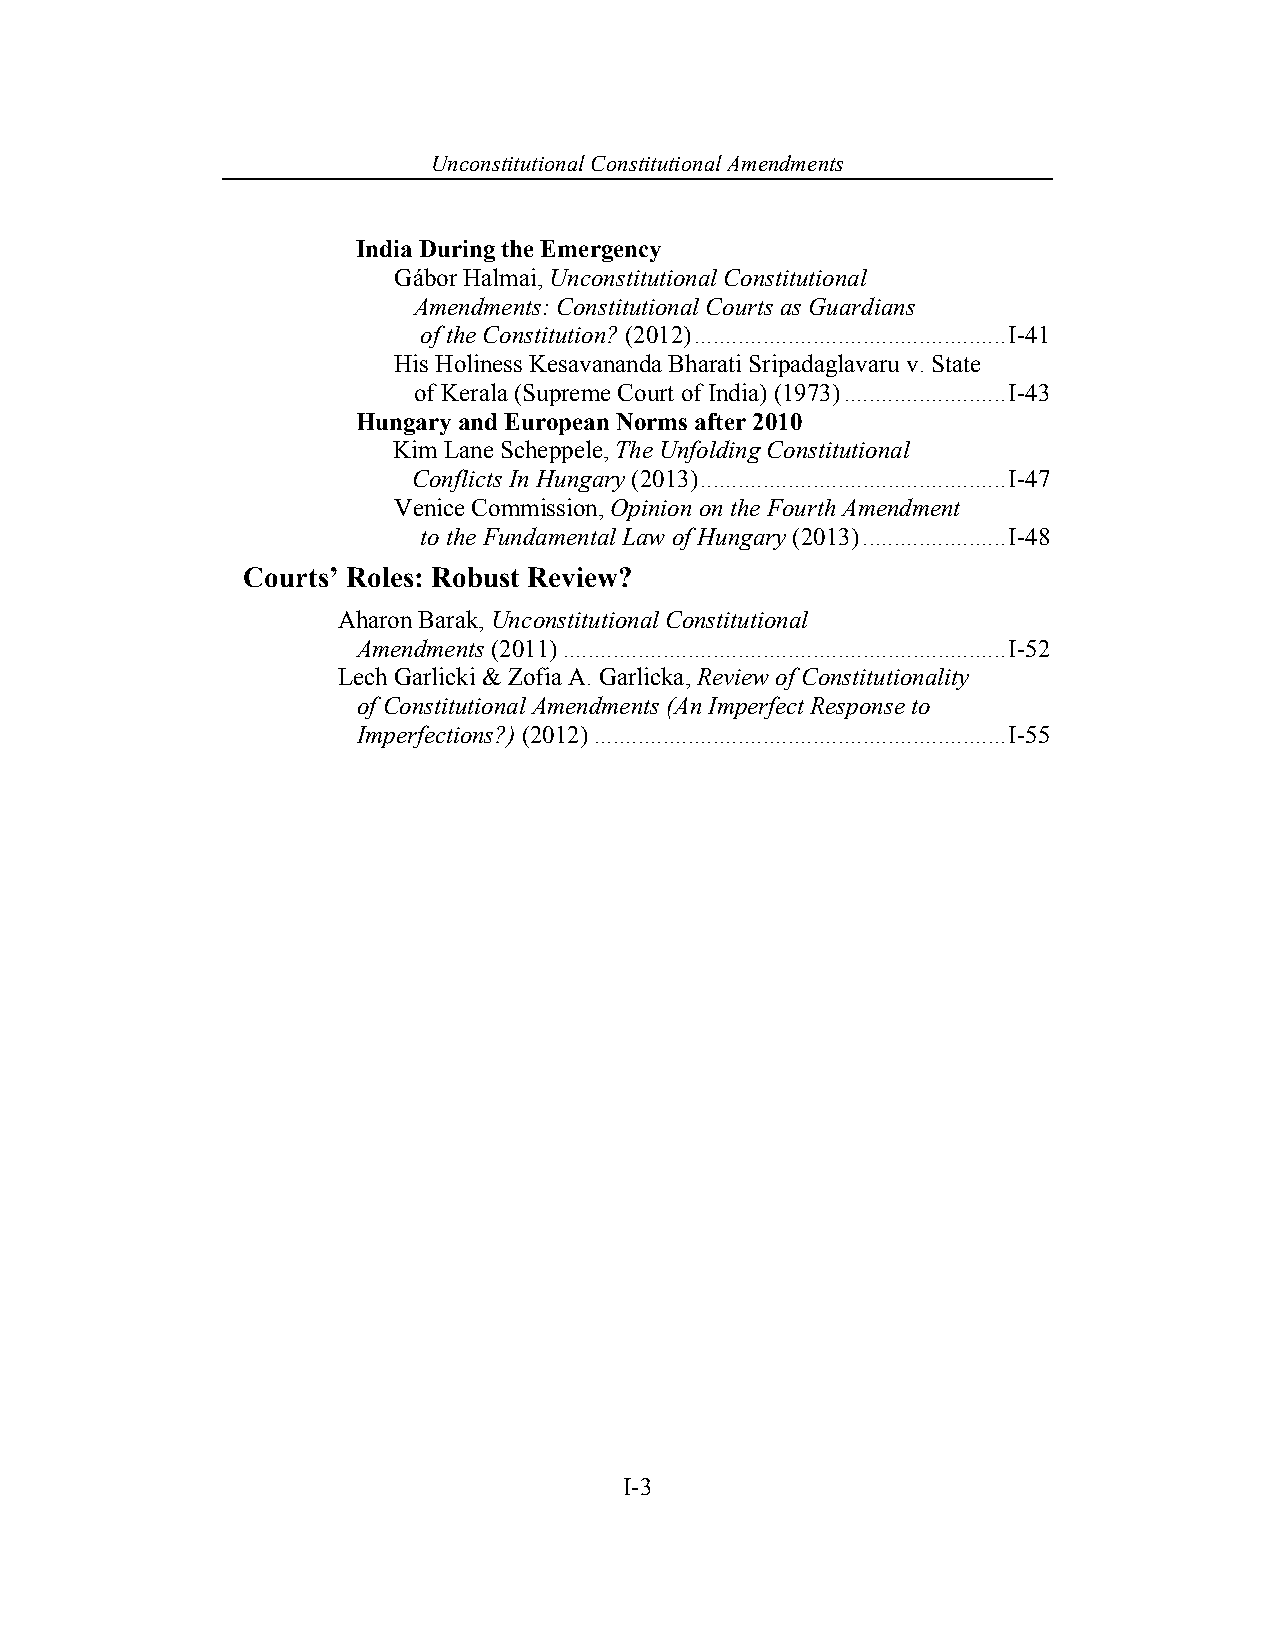
Unconstitutional Con stitutional Amendments
 India During the Emergency
 Gábor Halmai, Unconstitutional Constitutional
 Amendments: Constitutional Courts as Guardians
 of the Constitution? (2012) .................................................. I-41
 His Holiness Kesavananda Bharati Sripadaglavaru v. State
 of Kerala (Supreme Court of India) (1973) .......................... I-43
 Hungary and European Norms after 2010
 Kim Lane Scheppele, The Unfolding Constitutional
 Conflicts In Hungary (2013) ................................................. I-47
 Venice Commission, Opinion on the Fourth Amendment
 to the Fundamental Law of Hungary (2013) ....................... I-48
 Courts’ Roles: Robust Review?
 Aharon Barak, Unconstitutional Constitutional
 Amendments (2011) ....................................................................... I-52
 Lech Garlicki & Zofia A. Garlicka, Review of Constitutionality
 of Constitutional Amendments (An Imperfect Response to
 Imperfections?) (2012) .................................................................. I-55
 I-3